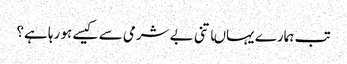
تب ہمارے یہاںاتنی بے شرمی سے کیسے ہو رہا ہے؟